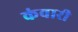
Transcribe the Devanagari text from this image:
कंवारी